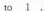
to\underline{1}.